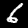
Label: 6